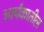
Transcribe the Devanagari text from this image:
आर्यंकातील